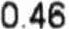
0.46